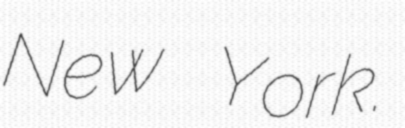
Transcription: New York.